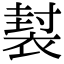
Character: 𧛜